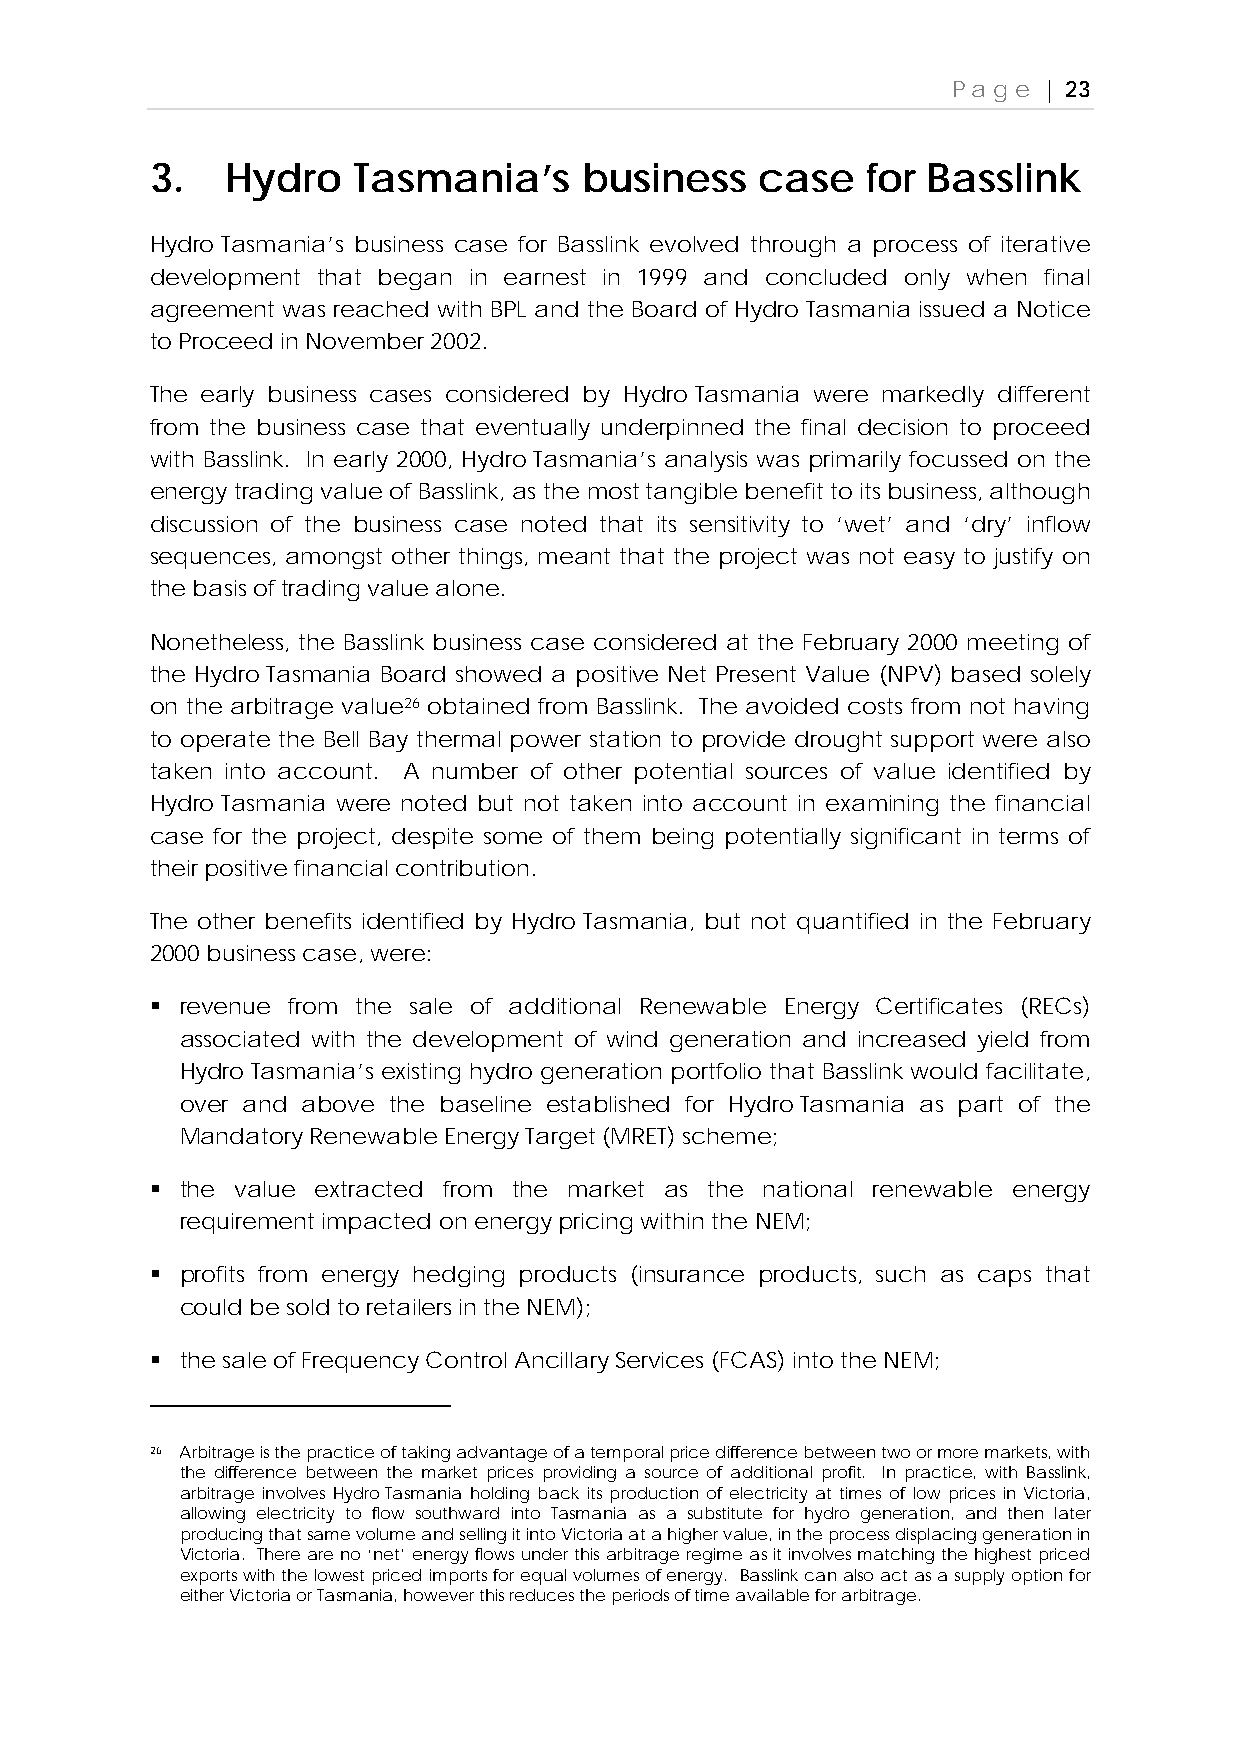
Page  | 23
 3.   Hydro   Tasmania’s      business   case   for Basslink
 Hydro Tasmania’s business case for Basslink evolved through a process of iterative
 development that began in earnest in 1999 and concluded only when final
 agreement was reached with BPL and the Board of Hydro Tasmania issued a Notice
 to Proceed in November 2002.
 The early business cases considered by Hydro Tasmania were markedly different
 from the business case that eventually underpinned the final decision to proceed
 with Basslink. In early 2000, Hydro Tasmania’s analysis was primarily focussed on the
 energy trading value of Basslink, as the most tangible benefit to its business, although
 discussion of the business case noted that its sensitivity to ‘wet’ and ‘dry’ inflow
 sequences, amongst other things, meant that the project was not easy to justify on
 the basis of trading value alone.
 Nonetheless, the Basslink business case considered at the February 2000 meeting of
 the Hydro Tasmania Board showed a positive Net Present Value (NPV) based solely
 on the arbitrage value26 obtained from Basslink. The avoided costs from not having
 to operate the Bell Bay thermal power station to provide drought support were also
 taken into account. A number of other potential sources of value identified by
 Hydro Tasmania were noted but not taken into account in examining the financial
 case for the project, despite some of them being potentially significant in terms of
 their positive financial contribution.
 The other benefits identified by Hydro Tasmania, but not quantified in the February
 2000 business case, were:
  revenue from the sale of additional Renewable Energy Certificates (RECs)
 associated with the development of wind generation and increased yield from
 Hydro Tasmania’s existing hydro generation portfolio that Basslink would facilitate,
 over and above the baseline established for Hydro Tasmania as part of the
 Mandatory Renewable Energy Target (MRET) scheme;
  the value extracted from the market as the national renewable energy
 requirement impacted on energy pricing within the NEM;
  profits from energy hedging products (insurance products, such as caps that
 could be sold to retailers in the NEM);
  the sale of Frequency Control Ancillary Services (FCAS) into the NEM;
 26 Arbitrage is the practice of taking advantage of a temporal price difference between two or more markets, with
 the difference between the market prices providing a source of additional profit. In practice, with Basslink,
 arbitrage involves Hydro Tasmania holding back its production of electricity at times of low prices in Victoria,
 allowing electricity to flow southward into Tasmania as a substitute for hydro generation, and then later
 producing that same volume and selling it into Victoria at a higher value, in the process displacing generation in
 Victoria. There are no ‘net’ energy flows under this arbitrage regime as it involves matching the highest priced
 exports with the lowest priced imports for equal volumes of energy. Basslink can also act as a supply option for
 either Victoria or Tasmania, however this reduces the periods of time available for arbitrage.